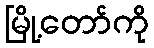
မြို့တော်ကို